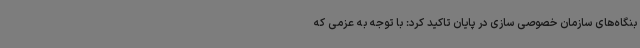
بنگاه‌های سازمان خصوصی سازی در پایان تاکید کرد: با توجه به عزمی که